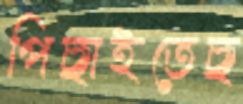
পিছাইতেছ